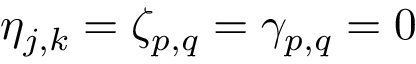
\eta _ { j , k } = \zeta _ { p , q } = \gamma _ { p , q } = 0